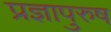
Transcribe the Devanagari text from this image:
प्रज्ञापुरुष